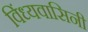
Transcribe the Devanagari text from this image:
विंध्‍यवासिनी